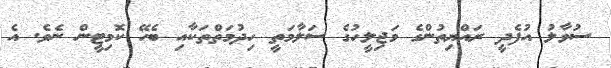
ސުވާލު އުފެދީ ރައްޔިތުންގެ މަޖިލީހުގެ ސަލާމަތީ ހިދުމަތްތަކާއި ބެހޭ ކޮމިޓީން ނެވެ. އެ